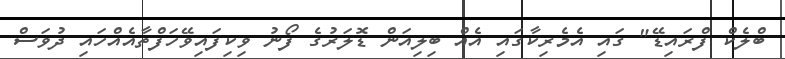
ބްލެކް ފްރައިޑޭ" ގައި އެމެރިކާގައި އެއް ބިލިއަން ޑޮލަރުގެ ފޯނު ވިކިފައިވޭހަފްތާއެއްހައި ދުވަސް